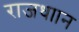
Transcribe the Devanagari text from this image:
राजधाान